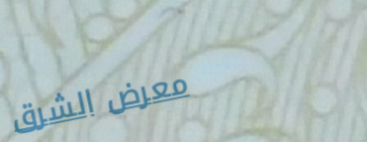
معرض الشرق